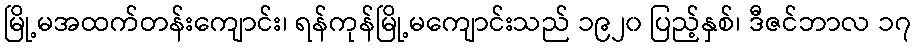
မြို့မအထက်တန်းကျောင်း၊ ရန်ကုန်မြို့မကျောင်းသည် ၁၉၂၀ ပြည့်နှစ်၊ ဒီဇင်ဘာလ ၁၇